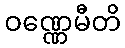
ဝဏ္ဏေမီတိ